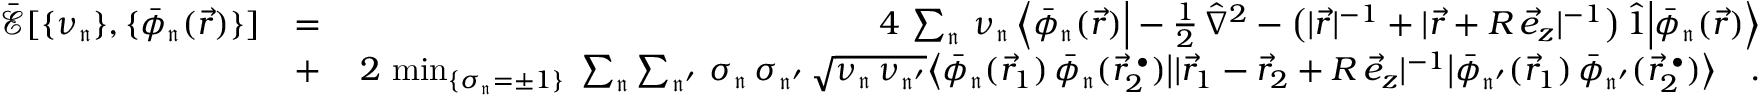
\begin{array} { r l r } { \mathcal { \bar { E } } [ \{ \nu _ { \mathfrak { n } } \} , \{ \bar { \phi } _ { \mathfrak { n } } ( \vec { r } ) \} ] } & { = } & { 4 \, \sum _ { \mathfrak { n } } \, \nu _ { \mathfrak { n } } \, \Big \langle \bar { \phi } _ { \mathfrak { n } } ( \vec { r } ) \Big | - \frac { 1 } { 2 } \, \hat { \nabla } ^ { 2 } - \big ( | \vec { r } | ^ { - 1 } + | \vec { r } + R \, \vec { e } _ { z } | ^ { - 1 } \big ) \, \hat { 1 } \Big | \bar { \phi } _ { \mathfrak { n } } ( \vec { r } ) \Big \rangle } \\ & { + } & { \, 2 \, \operatorname* { m i n } _ { \{ \sigma _ { \mathfrak { n } } = \pm 1 \} } \; \sum _ { \mathfrak { n } } \sum _ { \mathfrak { n ^ { \prime } } } \, \sigma _ { \mathfrak { n } } \, \sigma _ { \mathfrak { n ^ { \prime } } } \, \sqrt { \nu _ { \mathfrak { n } } \, \nu _ { \mathfrak { n ^ { \prime } } } } \big \langle \bar { \phi } _ { \mathfrak { n } } ( \vec { r } _ { 1 } ) \, \bar { \phi } _ { \mathfrak { n } } ( \vec { r } _ { 2 } ^ { \; \bullet } ) \big | | \vec { r } _ { 1 } - \vec { r } _ { 2 } + R \, \vec { e } _ { z } | ^ { - 1 } \big | \bar { \phi } _ { \mathfrak { n ^ { \prime } } } ( \vec { r } _ { 1 } ) \, \bar { \phi } _ { \mathfrak { n ^ { \prime } } } ( \vec { r } _ { 2 } ^ { \; \bullet } ) \big \rangle \quad . } \end{array}